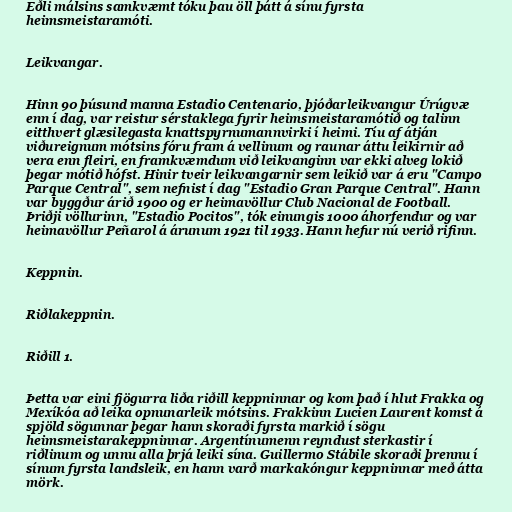
Eðli málsins samkvæmt tóku þau öll þátt á sínu fyrsta
heimsmeistaramóti.

Leikvangar.

Hinn 90 þúsund manna Estadio Centenario, þjóðarleikvangur Úrúgvæ
enn í dag, var reistur sérstaklega fyrir heimsmeistaramótið og talinn
eitthvert glæsilegasta knattspyrnumannvirki í heimi. Tíu af átján
viðureignum mótsins fóru fram á vellinum og raunar áttu leikirnir að
vera enn fleiri, en framkvæmdum við leikvanginn var ekki alveg lokið
þegar mótið hófst. Hinir tveir leikvangarnir sem leikið var á eru "Campo
Parque Central", sem nefnist í dag "Estadio Gran Parque Central". Hann
var byggður árið 1900 og er heimavöllur Club Nacional de Football.
Þriðji völlurinn, "Estadio Pocitos", tók einungis 1000 áhorfendur og var
heimavöllur Peñarol á árunum 1921 til 1933. Hann hefur nú verið rifinn.

Keppnin.

Riðlakeppnin.

Riðill 1.

Þetta var eini fjögurra liða riðill keppninnar og kom það í hlut Frakka og
Mexíkóa að leika opnunarleik mótsins. Frakkinn Lucien Laurent komst á
spjöld sögunnar þegar hann skoraði fyrsta markið í sögu
heimsmeistarakeppninnar. Argentínumenn reyndust sterkastir í
riðlinum og unnu alla þrjá leiki sína. Guillermo Stábile skoraði þrennu í
sínum fyrsta landsleik, en hann varð markakóngur keppninnar með átta
mörk.